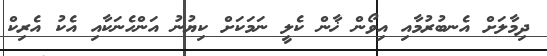
ދިމާލަށް އެނބުރުމާއި އިވޯން ޚާން ކެލީ ނަމަކަށް ކިޔުނު އަންހެނަކާއި އެކު އެރިކް